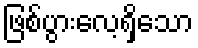
ဖြစ်ပွားလေ့ရှိသော